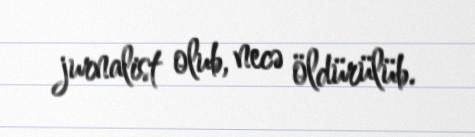
jurnalist olub, necə öldürülüb.